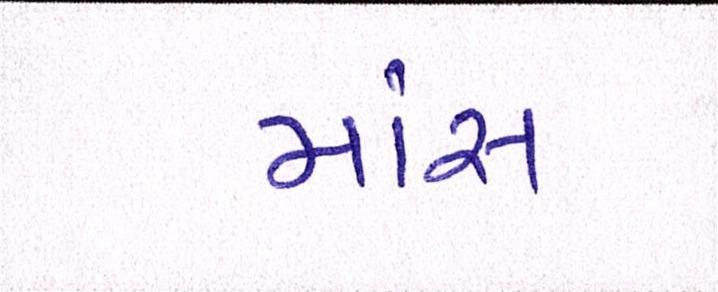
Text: માંસ